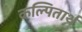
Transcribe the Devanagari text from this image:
कल्पितार्थ